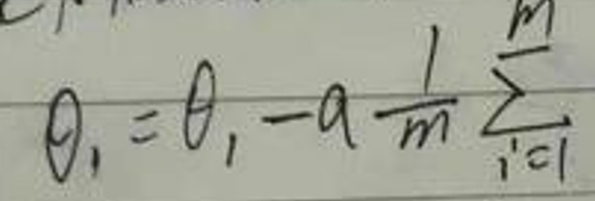
\[\theta_1=\theta_1 - a\frac{1}{m}\sum_{i = 1}^{m}\]